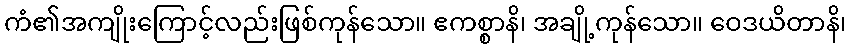
ကံ၏အကျိုးကြောင့်လည်းဖြစ်ကုန်သော။ ဧကစ္စာနိ၊ အချို့ကုန်သော။ ဝေဒယိတာနိ၊